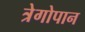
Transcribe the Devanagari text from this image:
त्रेगोपान